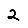
Digit: 2